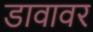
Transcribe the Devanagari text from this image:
डावावर